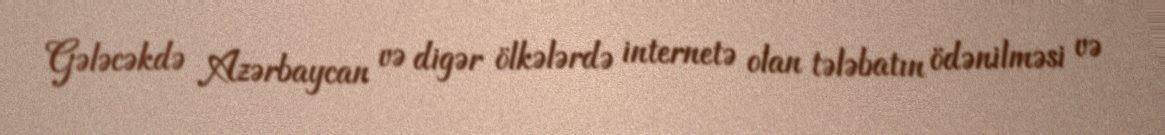
Gələcəkdə Azərbaycan və digər ölkələrdə internetə olan tələbatın ödənilməsi və